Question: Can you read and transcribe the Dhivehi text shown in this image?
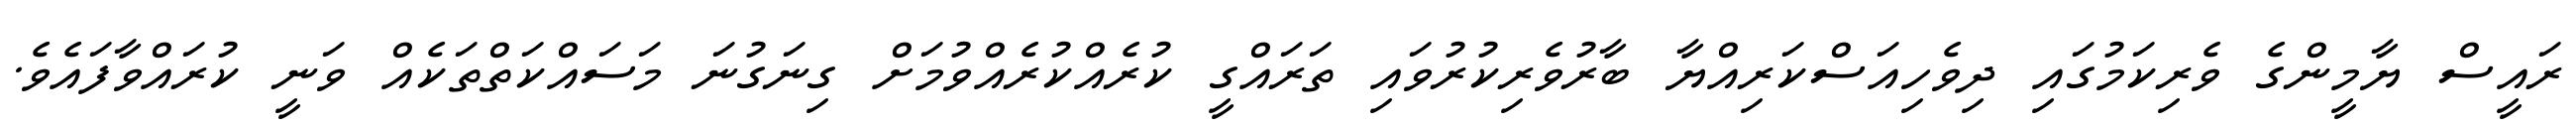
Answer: ރައީސް ޔާމީންގެ ވެރިކަމުގައި ދިވެހިއަސްކަރިއްޔާ ބާރުވެރިކުރުވައި ތަރައްގީ ކުރެއްކުރެއްވުމަށް ގިނަގުނަ މަސައްކަތްތަކެއް ވަނީ ކުރައްވާފައެވެ.